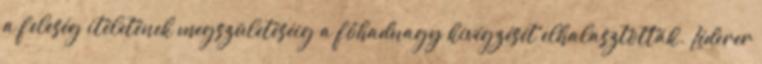
a feleség ítéletének megszületéséig a főhadnagy kivégzését elhalasztották. Léderer